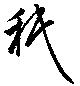
祇